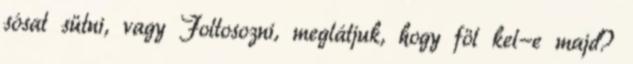
sósat sütni, vagy Foltosozni, meglátjuk, hogy föl kel-e majd?